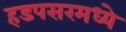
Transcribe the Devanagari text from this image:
हडपसरमध्ये